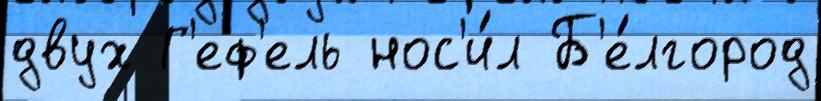
двух Г'еф'ель нос'и́л Б'е́лгород